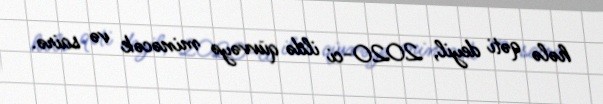
hələ qəti deyil, 2020-ci ildə qüvvəyə minəcək və sairə.